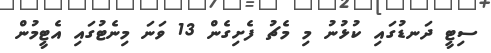
ސިޓީ ދަނޑުގައި ކުޅުނު މި މެޗު ފެށިގެން 13 ވަނަ މިނެޓުގައި އެޓީމުން